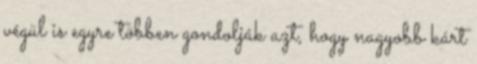
végül is egyre többen gondolják azt, hogy nagyobb kárt